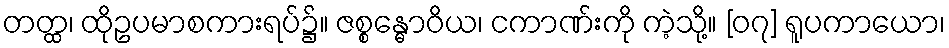
တတ္ထ၊ ထိုဥပမာစကားရပ်၌။ ဇစ္စန္ဓောဝိယ၊ ငကာဏ်းကို ကဲ့သို့။ [၀၇] ရူပကာယော၊